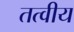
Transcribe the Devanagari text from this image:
तत्‍वीय